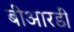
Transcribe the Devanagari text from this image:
बीआरडी